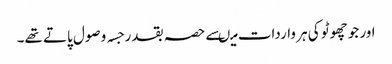
اور جو چھوٹو کی ہر واردات میںسے حصہ بقدر جسہ وصول پاتے تھے۔